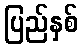
ပြည်နှစ်